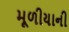
મૂળીયાની